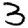
Digit: 3